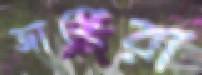
জাহেরা